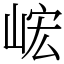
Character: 峵